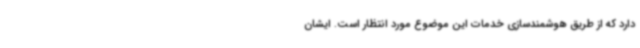
دارد که از طریق هوشمندسازی خدمات این موضوع مورد انتظار است. ایشان